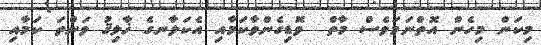
މިކަން މިހެން އޮތްނަމަވެސް މާތް  ވޮޑިގެންވާކަމާއި އެކަލާނގެ ޚާލިޤު ވަންތަ ކަމާއި